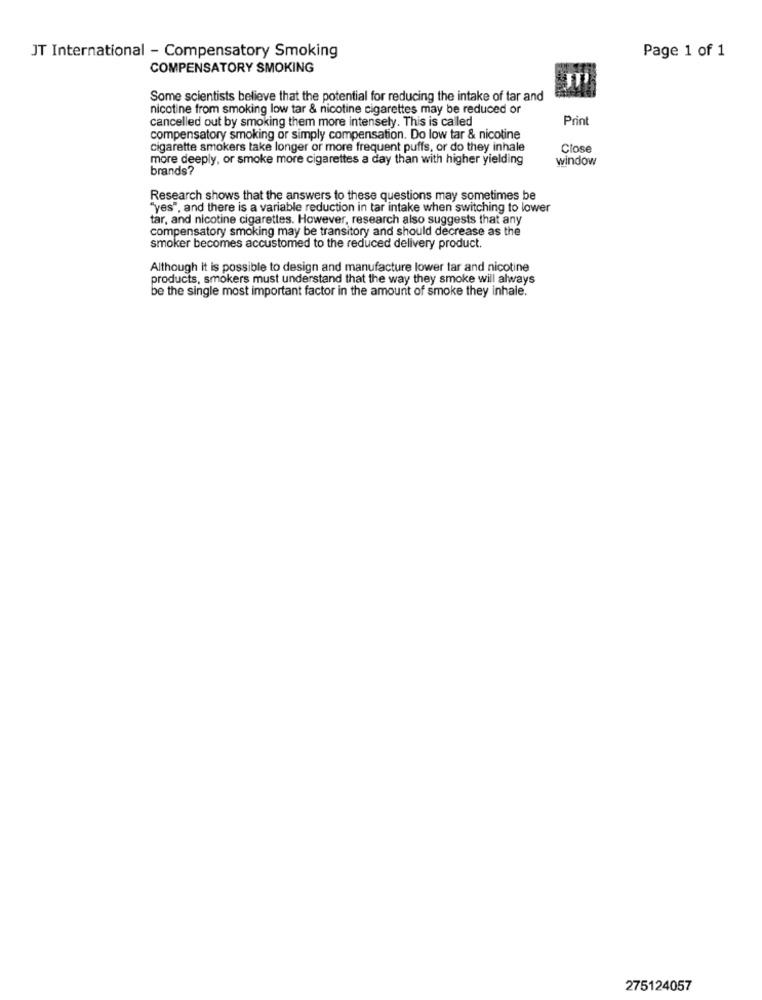
JT International - Compensatory Smoking
Page 1 of 1
COMPENSATORY SMOKING
Some scientists believe that the potential for reducing the intake of tar and
nicotine from smoking low tar & nicotine cigarettes may be reduced or
cancelled out by smoking them more intensely. This is caled
Print
compensatory smoking or simply compensation. Do low tar & nicotine
cigarette smokers take longer or more frequent puffs, or do they inhale
Close
more deeply, or smoke more cigarettes a day than with higher yielding
window
brands?
Research shows that the answers to these questions may sometimes be
""yes", and there is a variable reduction in tar intake when switching to lower
tar, and nicotine cigarettes. However, research also suggests that any
compensatory smoking may be transitory and should decrease as the
smoker becomes accustomed to the reduced delivery product.
Although it is possible to design and manufacture lower tar and nicotine
products, smokers must understand that the way they smoke will always
be the single most important factor in the amount of smoke they inhale.
275124057